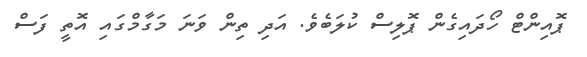
ޕޮއިންޓް ހޯދައިގެން ޕޮލިސް ކުލަބެވެ. އަދި ތިން ވަނަ މަގާމްގައި އޮތީ ފަސް